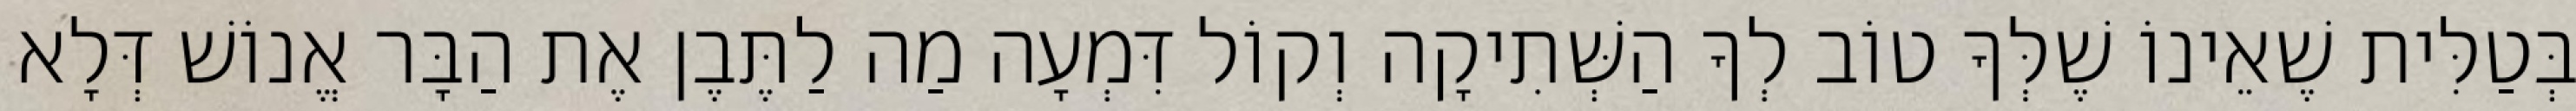
בְּטַלִּית שֶׁאֵינוֹ שֶׁלְּךָ טוֹב לְךָ הַשְּׁתִיקָה וְקוֹל דִּמְעָה מַה לַתֶּבֶן אֶת הַבָּר אֱנוֹשׁ דְּלָא